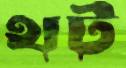
থট